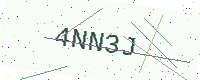
Text: 4NN3J